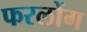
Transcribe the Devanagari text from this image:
फरलोंग